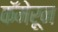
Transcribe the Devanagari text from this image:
कॅमेरून